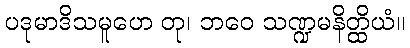
ပဒုမာဒိသမူဟေ တု၊ ဘဝေ သဏ္ဍမနိတ္ထိယံ။